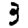
Digit: 3